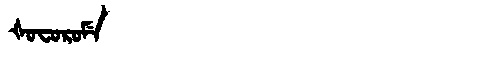
Manchu: ᡧᠣᠸᠣᡵᠣᠮᡝ
Romanization: ŠOFOROME